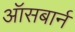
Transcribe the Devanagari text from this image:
ऑसबार्न